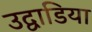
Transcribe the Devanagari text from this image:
उद्वाडिया